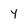
Character: 4